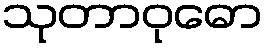
သုတာဝုဓော